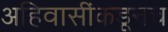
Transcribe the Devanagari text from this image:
अहिवासींकडूनच